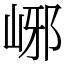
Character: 峫